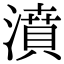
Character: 濆